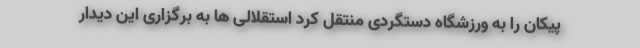
پیکان را به ورزشگاه دستگردی منتقل کرد استقلالی ها به برگزاری این دیدار